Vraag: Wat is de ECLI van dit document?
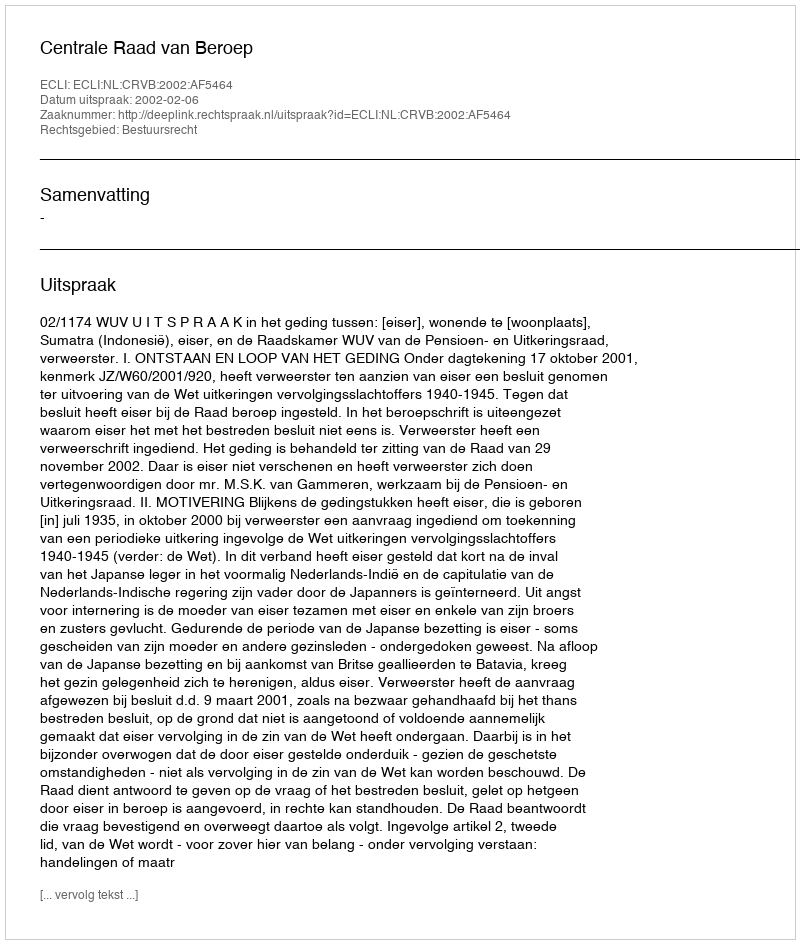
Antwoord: ECLI:NL:CRVB:2002:AF5464